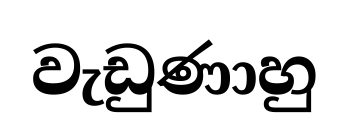
වැඩුණාහු